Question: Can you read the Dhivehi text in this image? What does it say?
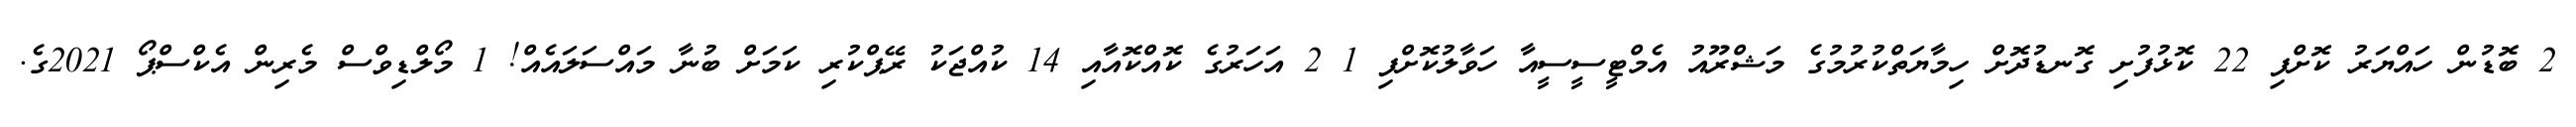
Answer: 2 ބޮޑުން ހައްޔަރު ކޮށްފި 22 ކޮޅުފުށި ގޮނޑުދޮށް ހިމާޔަތްކުރުމުގެ މަޝްރޫއު އެމްޓީސީސީއާ ހަވާލުކޮށްފި 1 2 އަހަރުގެ ކޮއްކޮއާއި 14 ކުއްޖަކު ރޭޕްކުރި ކަމަށް ބުނާ މައްސަލައެއް! 1 މޯލްޑިވްސް މެރިން އެކްސްޕޯ 2021ގެ.